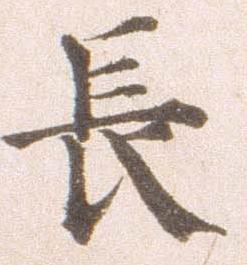
長